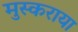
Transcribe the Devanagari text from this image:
मुस्कराया